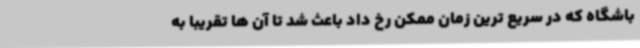
باشگاه که در سریع ترین زمان ممکن رخ داد باعث شد تا آن ها تقریبا به